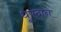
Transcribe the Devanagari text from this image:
धूपदान